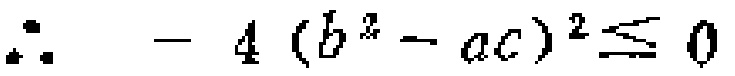
\(\therefore - 4 (b^{2} - ac)^{2} \leq 0\)